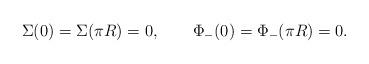
LaTeX: \begin{align*}\Sigma(0)=\Sigma(\pi R) = 0,\qquad \Phi_-(0) = \Phi_-(\pi R)=0.\end{align*}